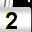
Digit: 2